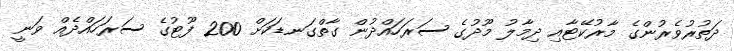
ދަތުރުވެރުންގެ މާރުކޭޓާއި ދިމާލު މޫދުގެ ސަރަހައްދުން ގާތްގަނޑަކަށް 200 ފޫޓުގެ ސަރަހައްދެއް ވަނީ